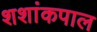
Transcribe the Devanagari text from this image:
शशांकपाल